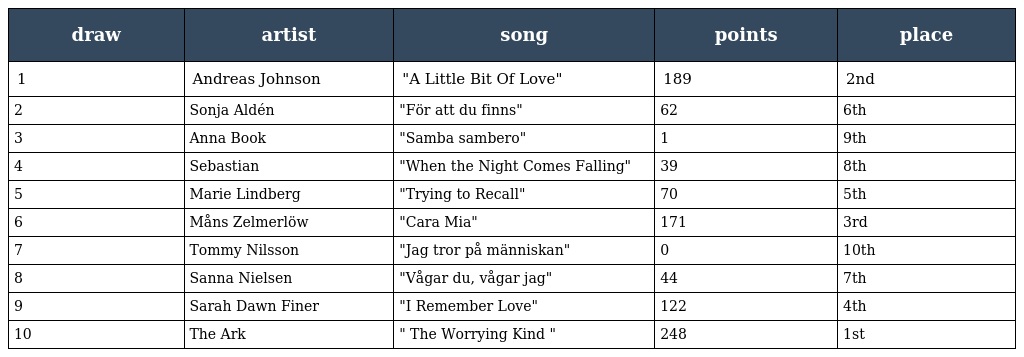
| draw | artist | song | points | place |
 | --- | --- | --- | --- | --- |
 | 1 | Andreas Johnson | "A Little Bit Of Love" | 189 | 2nd |
 | 2 | Sonja Aldén | "För att du finns" | 62 | 6th |
 | 3 | Anna Book | "Samba sambero" | 1 | 9th |
 | 4 | Sebastian | "When the Night Comes Falling" | 39 | 8th |
 | 5 | Marie Lindberg | "Trying to Recall" | 70 | 5th |
 | 6 | Måns Zelmerlöw | "Cara Mia" | 171 | 3rd |
 | 7 | Tommy Nilsson | "Jag tror på människan" | 0 | 10th |
 | 8 | Sanna Nielsen | "Vågar du, vågar jag" | 44 | 7th |
 | 9 | Sarah Dawn Finer | "I Remember Love" | 122 | 4th |
 | 10 | The Ark | " The Worrying Kind " | 248 | 1st |